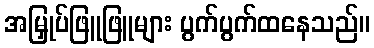
အမြှုပ်ဖြူဖြူများ ပွက်ပွက်ထနေသည်။